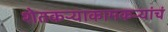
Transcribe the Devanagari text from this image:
शेतकऱ्याकामकऱ्यांचं